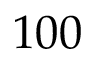
1 0 0